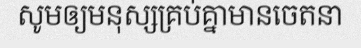
សូមឲ្យមនុស្សគ្រប់គ្នាមានចេតនា